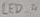
Text: LED_4